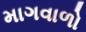
માગવાળો